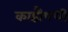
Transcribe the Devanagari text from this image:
काष्ठौषधी